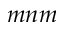
m n m